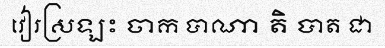
វៀរស្រឡះ ចាក បាណា តិ បាត ជា